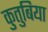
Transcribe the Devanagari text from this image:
कुतुबिया